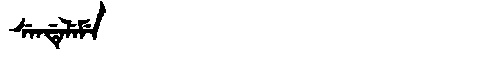
Manchu: ᠰᡝᠨᡩᡝᠯᡝᠮᡝ
Romanization: SENDELEME